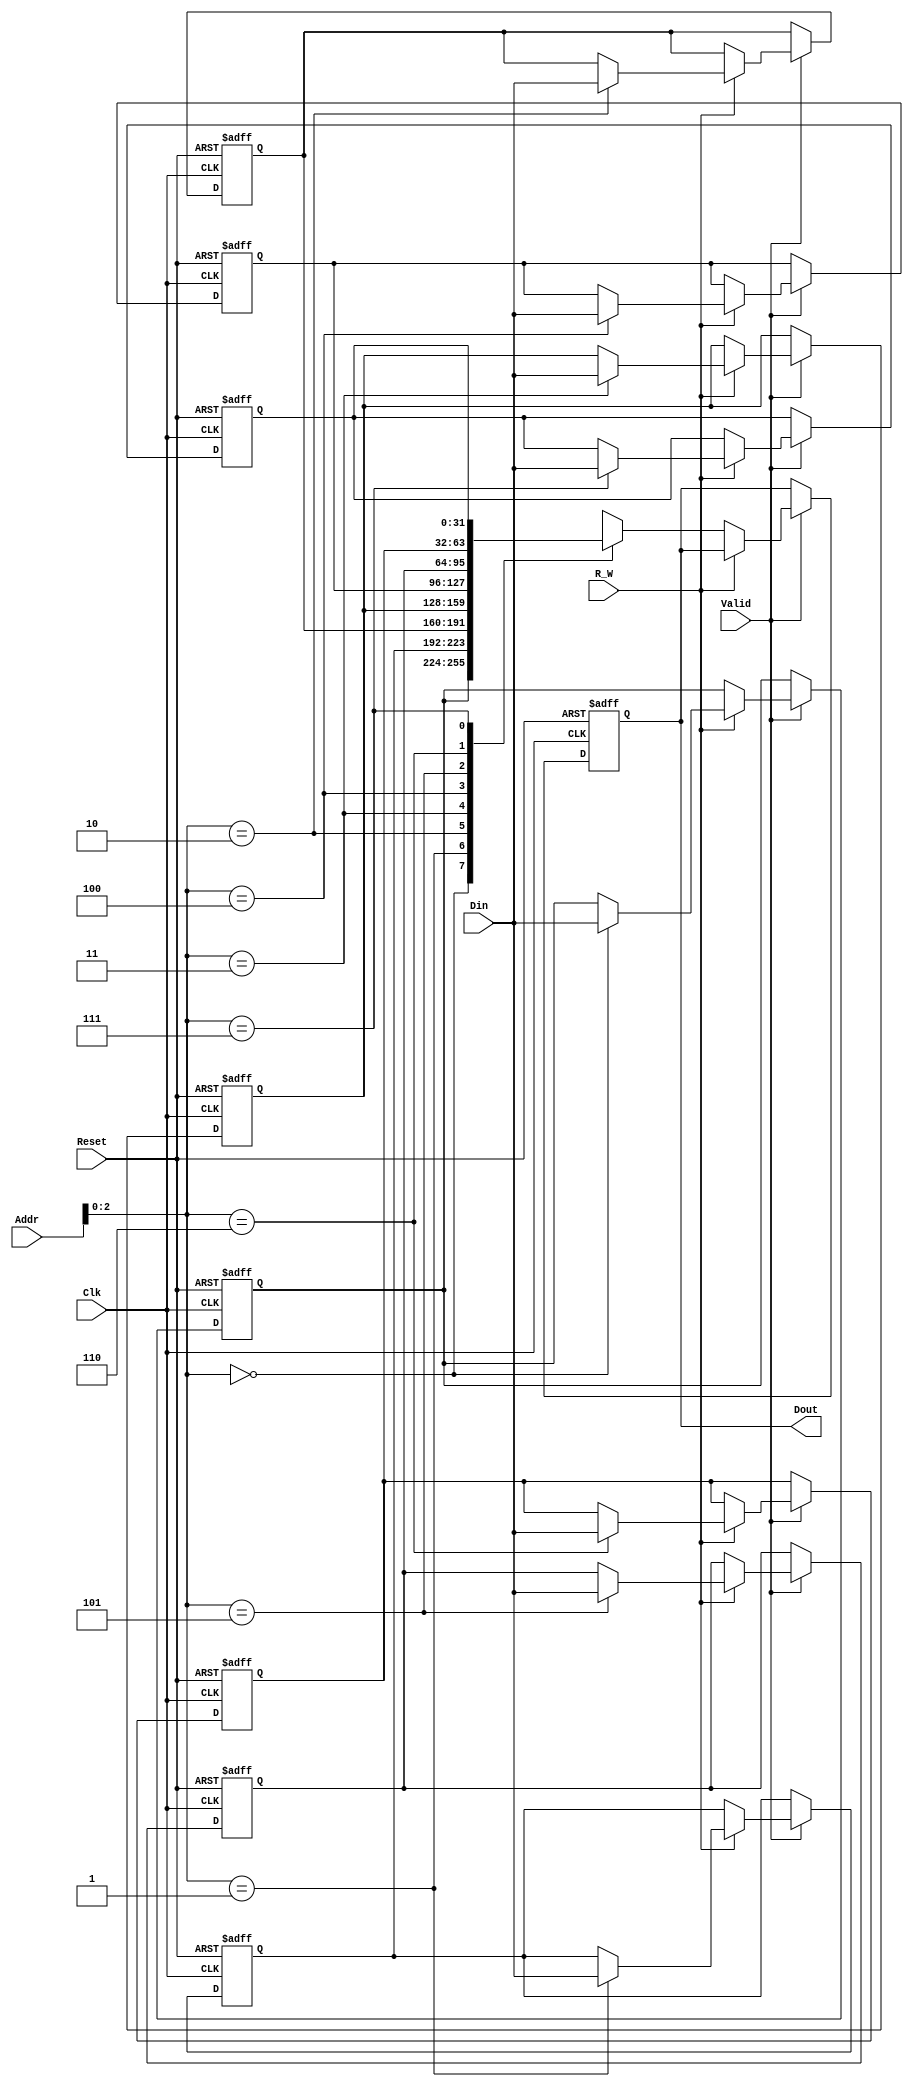
module Memory #(parameter WIDTH = 8, DinLength = 32) (
input [DinLength-1:0] Din,
input [WIDTH-1:0] Addr,
input R_W,
input Valid,
input Reset,
input Clk,
output reg [DinLength-1:0] Dout);

integer res;
reg [DinLength-1:0] Mem [0: WIDTH-1];

always @(posedge Clk or posedge Reset)
begin
    // Maybe sa pun sa se reseteze outputu la fiecare clock ??
    // Dout <= {DinLength{1'bX}};  Dar lasam asa :) 
    if(Reset)
        begin
           for(res = 0; res < WIDTH; res = res+1)
            begin
                Mem[res] <= {DinLength{1'bX}};
            end 
           Dout <= {DinLength{1'bX}};
        end
    else if(Valid) 
    begin
        if (R_W == 1'b0)
        begin
            Dout <= Mem[Addr];
        end
        else if(R_W == 1'b1)
        begin
            Mem[Addr] <= Din;
        end 
    end
end


endmodule